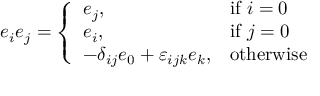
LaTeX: e _ { i } e _ { j } = { \left\{ \begin{array} { l l } { e _ { j } , } & { { \mathrm { i f ~ } } i = 0 } \\ { e _ { i } , } & { { \mathrm { i f ~ } } j = 0 } \\ { - \delta _ { i j } e _ { 0 } + \varepsilon _ { i j k } e _ { k } , } & { { \mathrm { o t h e r w i s e } } } \end{array} \right. }